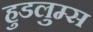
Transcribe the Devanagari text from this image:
हुडलुम्स